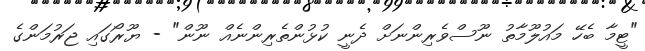
"ޓީމާ ބެހޭ މައުލޫމާތު ނޫސްވެރިންނަށް ދެނީ ކުޅުންތެރިންނެއް ނޫން" - ޔޫރޯގައި ޖަރުމަންގެ